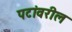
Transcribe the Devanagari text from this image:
पटांवरील